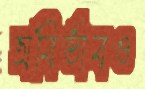
অবির্ভাবও